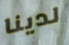
لدينا